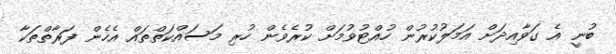
ބުނީ އެ ގަވާއިދަށް އަމަލުކުރުން ހުއްޓުވުމަށް ކުރެވެން ހުރި މަސައްކަތްތައް އެހެން ފަރާތްތަކާ